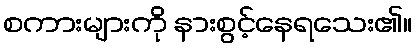
စကားများကို နားစွင့်နေရသေး၏။